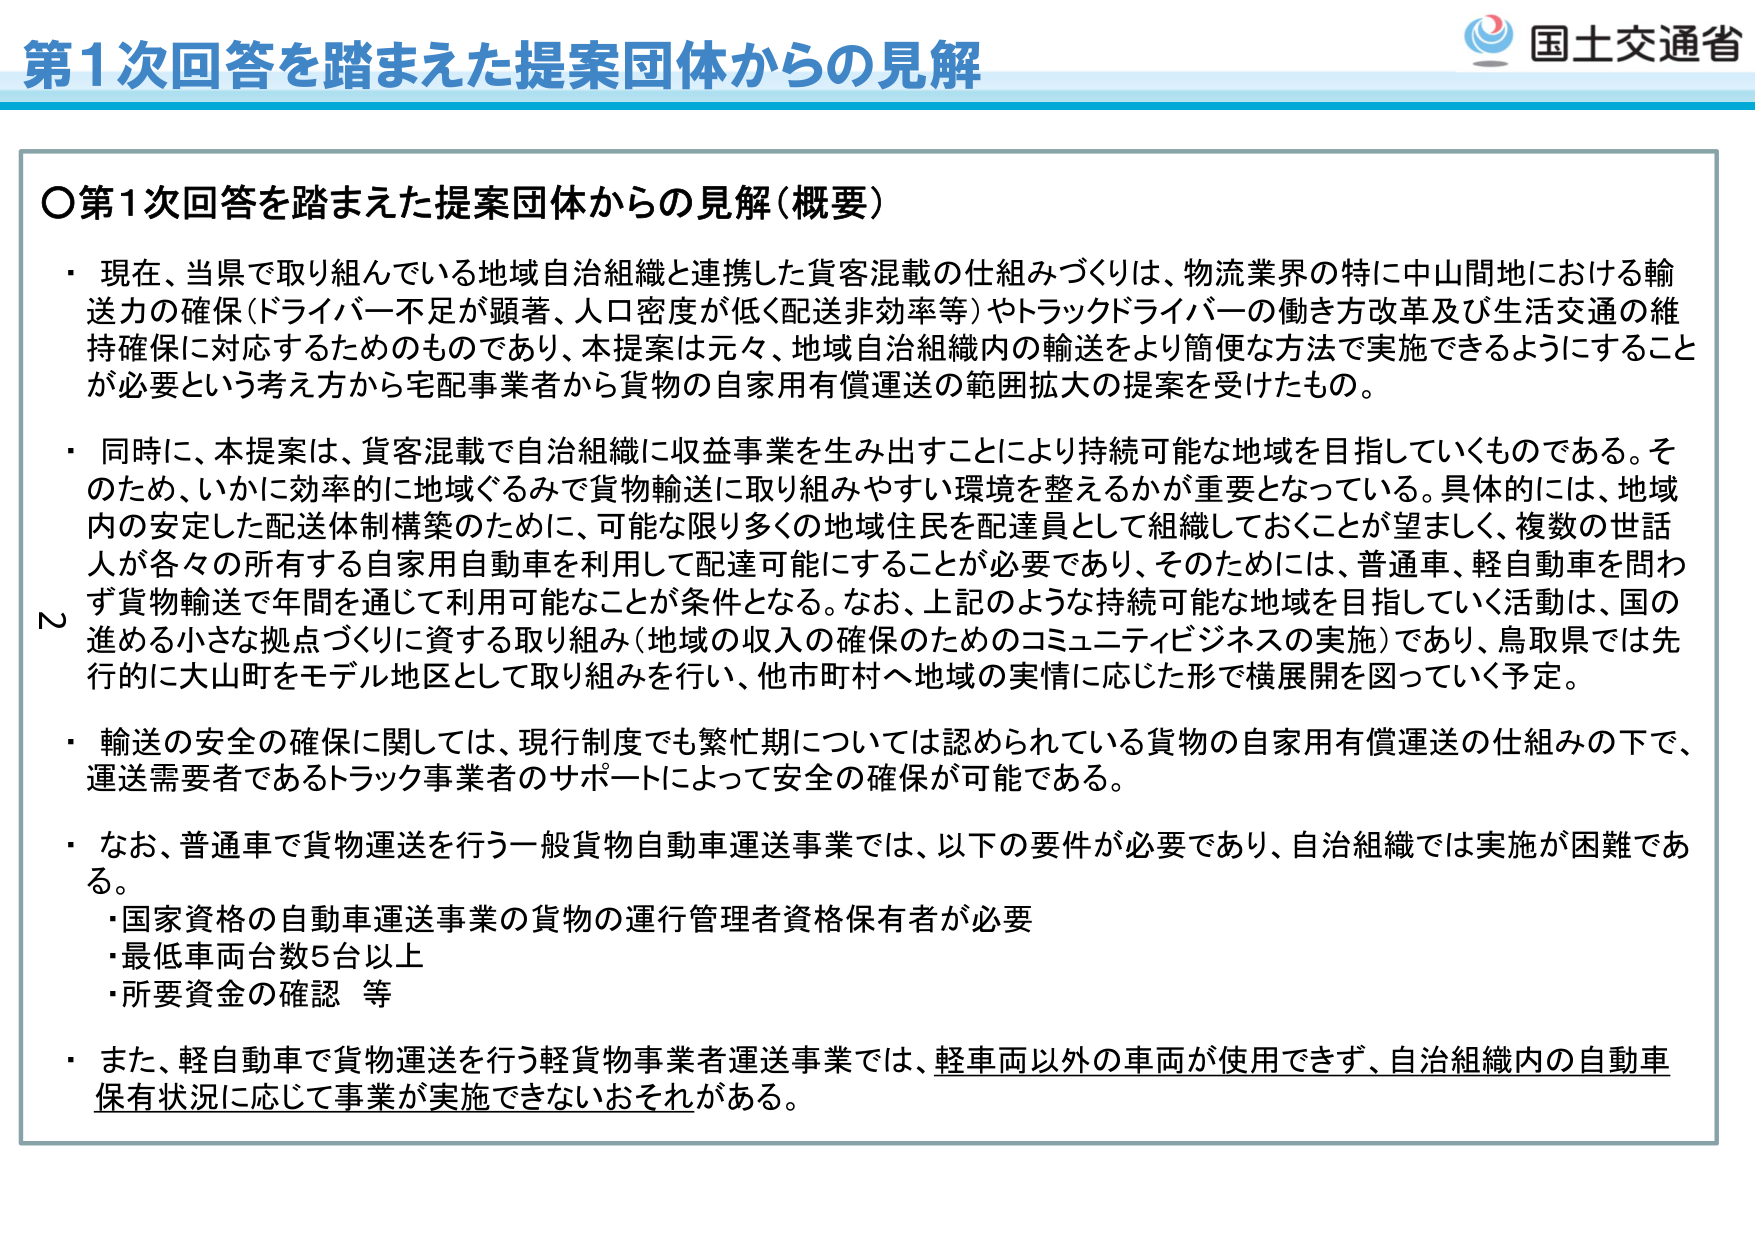
第1次回答を踏まえた提案団体からの見解

○第1次回答を踏まえた提案団体からの見解（概要）

・現在、当県で取り組んでいる地域自治組織と連携した貨客混載の仕組みづくりは、物流業界の特に中山間地における輸送力の確保（ドライバー不足が顕著、人口密度が低く配送非効率等）やトラックドライバーの働き方改革及び生活交通の維持確保に対応するためのものであり、本提案は元々、地域自治組織内の輸送をより簡便な方法で実施できるようにすることが必要という考え方から宅配事業者から貨物の自家用有償運送の範囲拡大の提案を受けたもの。

・同時に、本提案は、貨客混載で自治組織に収益事業を生み出すことにより持続可能な地域を目指していくものである。そのため、いかに効率的に地域ぐるみで貨物輸送に取り組みやすい環境を整えるかが重要となっている。具体的には、地域内の安定した配送体制構築のために、可能な限り多くの地域住民を配達員として組織しておくことが望ましく、複数の世話人が各々の所有する自家用自動車を利用して配達可能にすることが必要であり、そのためには、普通車、軽自動車を問わず貨物輸送で年間を通じて利用可能なことが条件となる。なお、上記のような持続可能な地域を目指していく活動は、国の進める小さな拠点づくりに資する取り組み（地域の収入の確保のためのコミュニティビジネスの実施）であり、鳥取県では先行的に大山町をモデル地区として取り組みを行い、他市町村へ地域の実情に応じた形で横展開を図っていく予定。

・輸送の安全の確保に関しては、現行制度でも繁忙期については認められている貨物の自家用有償運送の仕組みの下で、運送需要者であるトラック事業者のサポートによって安全の確保が可能である。

・なお、普通車で貨物運送を行う一般貨物自動車運送事業では、以下の要件が必要であり、自治組織では実施が困難である。
・国家資格の自動車運送事業の貨物の運行管理者資格保有者が必要
・最低車両台数5台以上
・所要資金の確認 等

・また、軽自動車で貨物運送を行う軽貨物事業者運送事業では、軽車両以外の車両が使用できず、自治組織内の自動車保有状況に応じて事業が実施できないおそれがある。

国土交通省